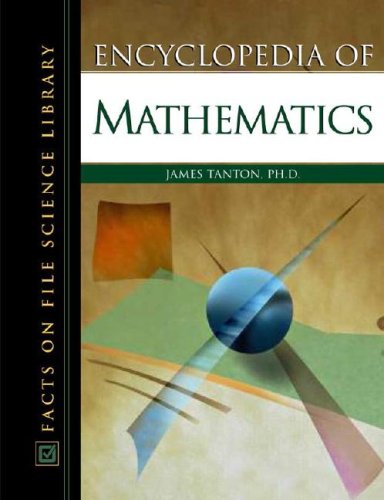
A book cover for Encyclopedia Of Mathematics (Science Encyclopedia); James Stuart Tanton; Science & Math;